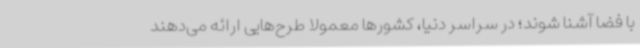
با فضا آشنا شوند؛ در سراسر دنیا، کشورها معمولاً طرح‌هایی ارائه می‌دهند